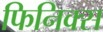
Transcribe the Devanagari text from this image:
फिनिक्‍स